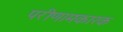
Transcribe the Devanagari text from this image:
परीणामकारक